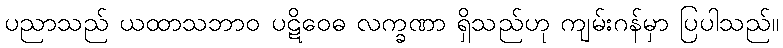
ပညာသည် ယထာသဘာဝ ပဋိဝေဓ လက္ခဏာ ရှိသည်ဟု ကျမ်းဂန်မှာ ပြပါသည်။